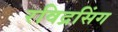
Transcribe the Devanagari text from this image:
रविद्रसिंग